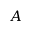
A